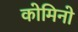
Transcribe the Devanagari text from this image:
कोमिनो